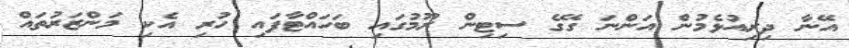
އޭނާ ދިރިއުޅެމުން އަންނަ ގޭގެ ސިޓިން ރޫމުގައި ބަހައްޓާފައި ހުރި އެކި މަންޒަރުތައް